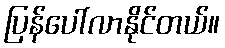
ပြန်ပေါ်လာနိုင်တယ်။